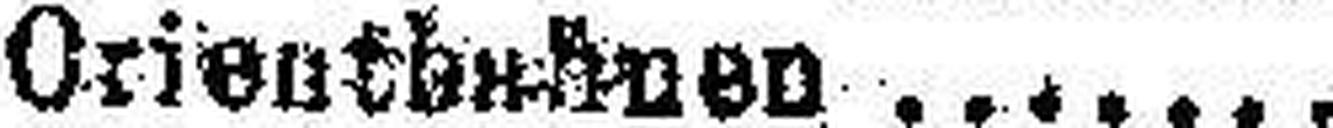
Orienthshnen